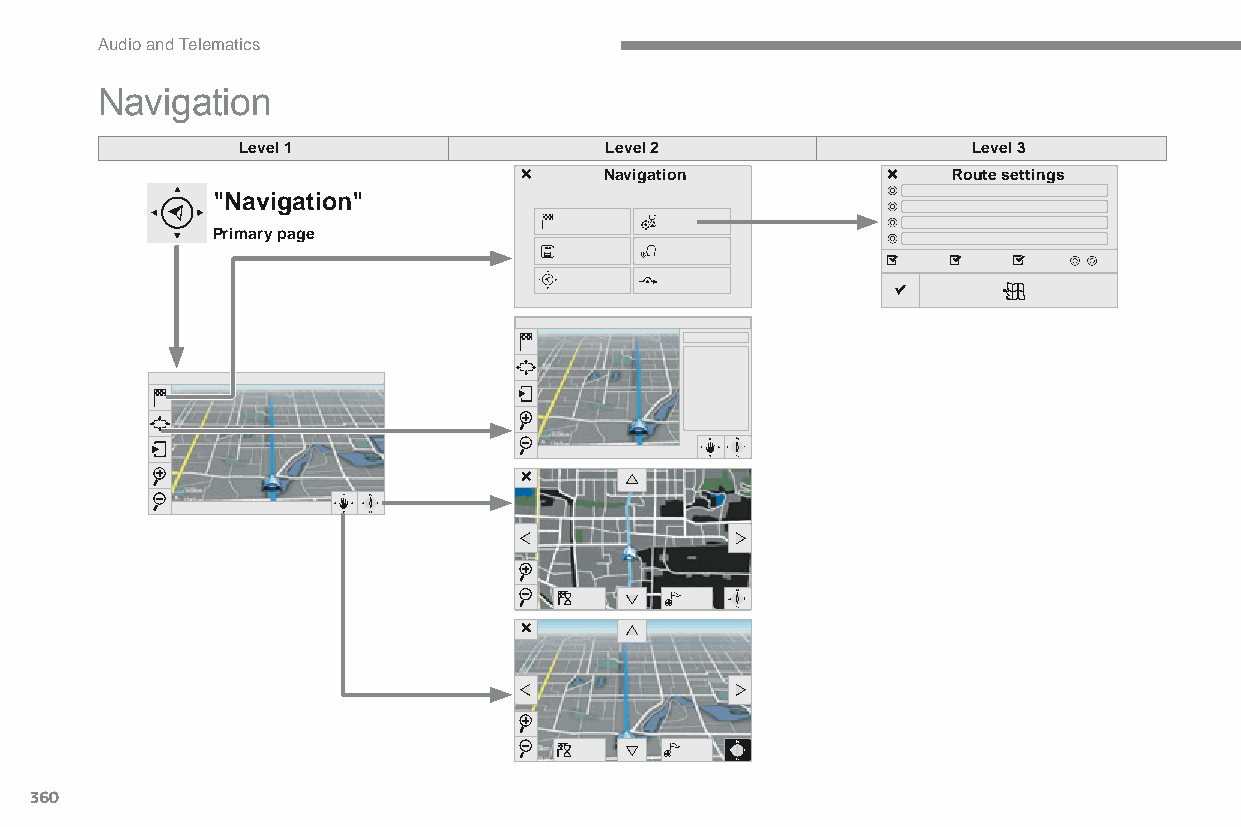
Audio and Telematics
 Navigation
 Level 1                 Level 2                 Level 3
 Navigation             Route settings
 "Navigation"
 Primary page
 360
 C4-Picasso-II_en_Chap10b_SMEGplus_ed01-2015